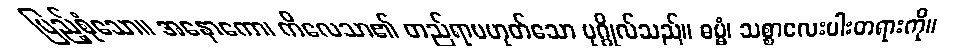
ပြည့်စုံသော။ အနောကော၊ ကိလေသာ၏ တည်ရာမဟုတ်သော ပုဂ္ဂိုလ်သည်။ ဓမ္မံ၊ သစ္စာလေးပါးတရားကို။